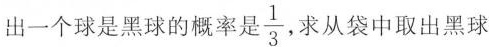
出一个球是黑球的概率是一\frac{1}{3}从袋中取出黑球